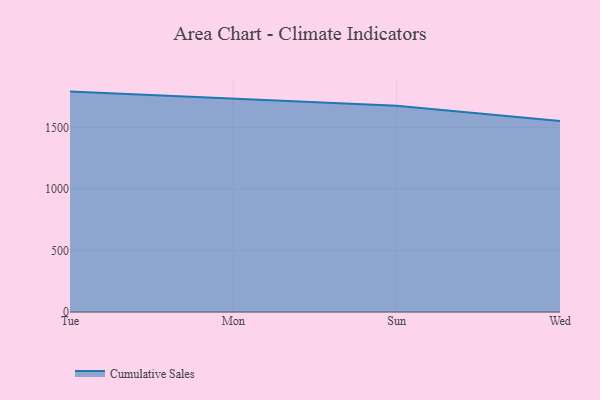
{"axis": {"x": "Day", "y": "Conversion Rate (%)"}, "legend": ["Cumulative Sales"], "data": [{"x": "Tue", "y": 1791.4, "type": "Cumulative Sales"}, {"x": "Mon", "y": 1734.0, "type": "Cumulative Sales"}, {"x": "Sun", "y": 1676.1, "type": "Cumulative Sales"}, {"x": "Wed", "y": 1551.6, "type": "Cumulative Sales"}]}